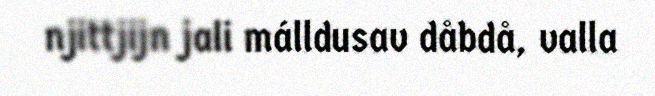
njittjijn jali málldusav dåbdå, valla